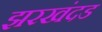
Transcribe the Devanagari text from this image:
झरखंदड